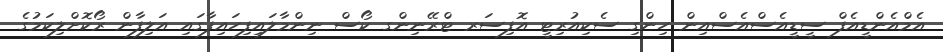
އެމްއެންޑީއެފް ސީޑީއެސްއެސްއިން ހިންގި ސެކިއުރިޓީ އޮފިސަރ ޓްރޭނިންގ ކޯސް ނިންމާލައިފިހައިފާގައި އަލިފާން ރޯކޮށްލިކަމުގެ